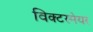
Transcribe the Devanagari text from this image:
विक्टरमेयर